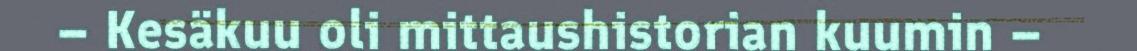
– Kesäkuu oli mittaushistorian kuumin –